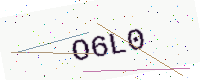
Text: O6L0